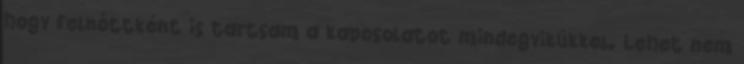
hogy felnőttként is tartsam a kapcsolatot mindegyikükkel. Lehet nem